Account of plague administration in the Bombay Presidency from September 1896 till May 1897
Year: 1896
Disease focus: Plague
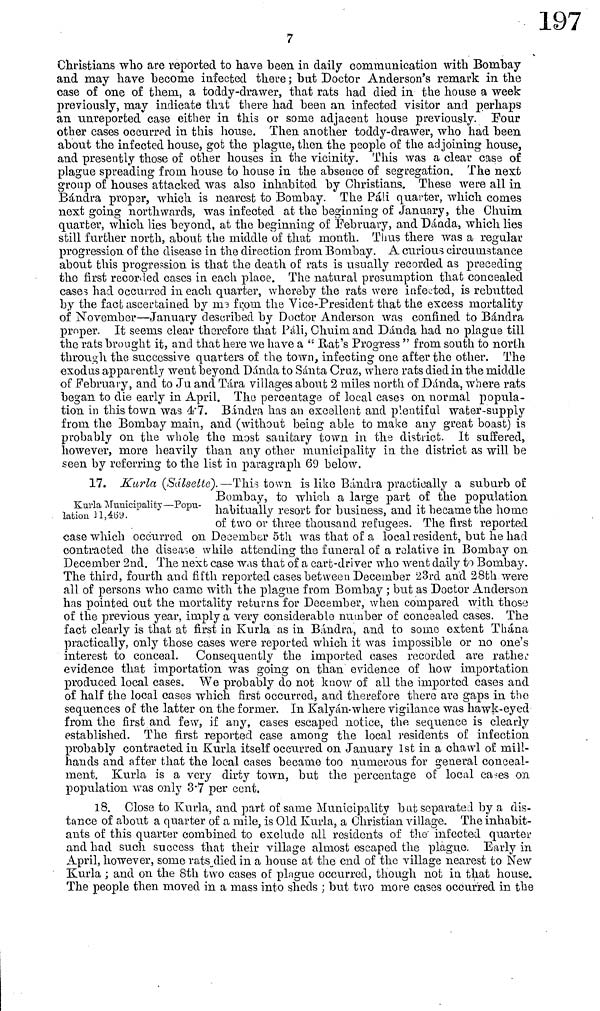
7
Christians who are reported to have been in daily communication with Bombay
and may have become infected there ; but Doctor Anderson's remark in the
case of one of them, a toddy-drawer, that rats had died in the house a week
previously, may indicate that there had been an infected visitor and perhaps
an unreported case either in this or some adjacant house previously. Four
other cases occurred in this house. Then another toddy-drawer, who had been
about the infected house, got the plague, then the people of the adjoining house,
and presently those of other houses in the vicinity. This was a clear case of
plague spreading from house to house in the absence of segregation. The next
group of houses attacked was also inhabited by Christians. These were all in
Bándra proper, which is nearest to Bombay. The Páli quarter, which conies
next going northwards, was infected at the beginning of January, the Chuim
quarter, which lies beyond, at the beginning of [February, and Dánda, which lies
still further north, about the middle of that month. Thus there was a regular
progression of the disease in the direction from Bombay. A curious circumstance
about this progression is that the death of rats is usually recorded as preceding
the first recorded cases in each place. The natural presumption that concealed
cases had occurred in each quarter, whereby the rats were infected, is rebutted
by the fact ascertained by me from the Vice-Président that the excess mortality
of November—January described by Doctor Anderson was confined to Bándra
proper. It seems clear therefore that Páli, Chuim and Dánda had no plague till
the rats brought it, and that here we have a " Rat's Progress " from south to north
through the successive quarters of the town, infecting one after the other. The
exodus apparently went beyond Dáñela to Sánta Cruz, where rats died in the middle
of February, and to Ju and Tára villages about 2 miles north of Dánda, where rats
began to die early in April. The percentage of local cases on normal popula-
tion in this town was 4.7. Bándra has an excellent and plentiful water-supply
from the Bombay main, and (without being able to make any great boast) is
probably on the whole the most sanitary town in the district. It suffered,
however, more heavily than any other municipality in the district as will be
seen by referring to the list in paragraph 69 below.
Kurla Municipality—Popu-
lation 11,469.
17. Kurla (Sálsette).—This town is like Bándra practically a suburb of
Bombay, to which a large part of the population
habitually resort for business, and it became the home
of two or three thousand refugees. The first reported
case which occurred on December 5th was that of a local resident, but he had
contracted the disease while attending the funeral of a relative in Bombay on
December 2nd. The next case was that of a cart-driver who went daily to Bombay.
The third, fourth and fifth reported cases between December 23rd and 28th were
all of persons who came with the plague from Bombay ; but as Doctor Anderson
has pointed out the mortality returns for December, when compared with those
of the previous year, imply a very considerable number of concealed cases. The
fact clearly is that at first in Kurla as in Bándra, and to some extent Thána
practically, only those cases were reported which it was impossible or no one's
interest to conceal. Consequently the imported cases recorded are rathe L
evidence that importation was going on than evidence of how importation
produced local cases. We probably do not know of all the imported cases and
of half the local cases which first occurred, and therefore there are gaps in the
sequences of the latter on the former. In Kalyán·where vigilance was hawk-eyed
from the first and few, if any, cases escaped notice, the sequence is clearly
established. The first reported case among the local residents of infection
probably contracted in Kurla itself occurred on January 1st in a chawl of mill-
hands and after that the local cases became too numerous for general conceal-
ment. Kurla is a very dirty town, but the percentage of local cases on
population was only 3.7 per cent.
18. Close to Kurla, and part of same Municipality but separated by a dis-
tance of about a quarter of a mile, is Old Kurla, a Christian village. The inhabit-
ants of this quarter combined to exclude all residents of the infected quarter
and had such success that their village almost escaped the plague. Early in
April, however, some rats died in a house at the end of the village nearest to New
Kurla ; and on the 8th two cases of plague occurred, though not in that house.
The people then moved in a mass into sheds ; but two more cases occurred in the